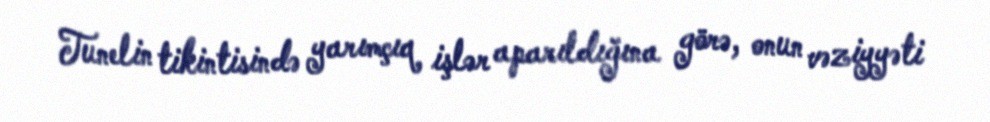
Tunelin tikintisində yarımçıq işlər aparıldığına görə, onun vəziyyəti